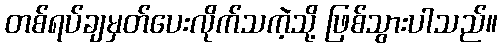
တစ်ရပ်ချမှတ်ပေးလိုက်သကဲ့သို့ ဖြစ်သွားပါသည်။